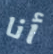
أنا